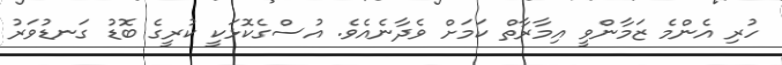
ހުރި އެންމެ ޒަމާންވީ އިމާރާތް ކަމަށް ވެދާނެއެވެ. އުސްގެކޮޅަކީ ކުރީގެ ބޮޑު ގަނޑުވަރު